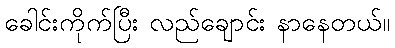
ခေါင်းကိုက်ပြီး လည်ချောင်း နာနေတယ်။